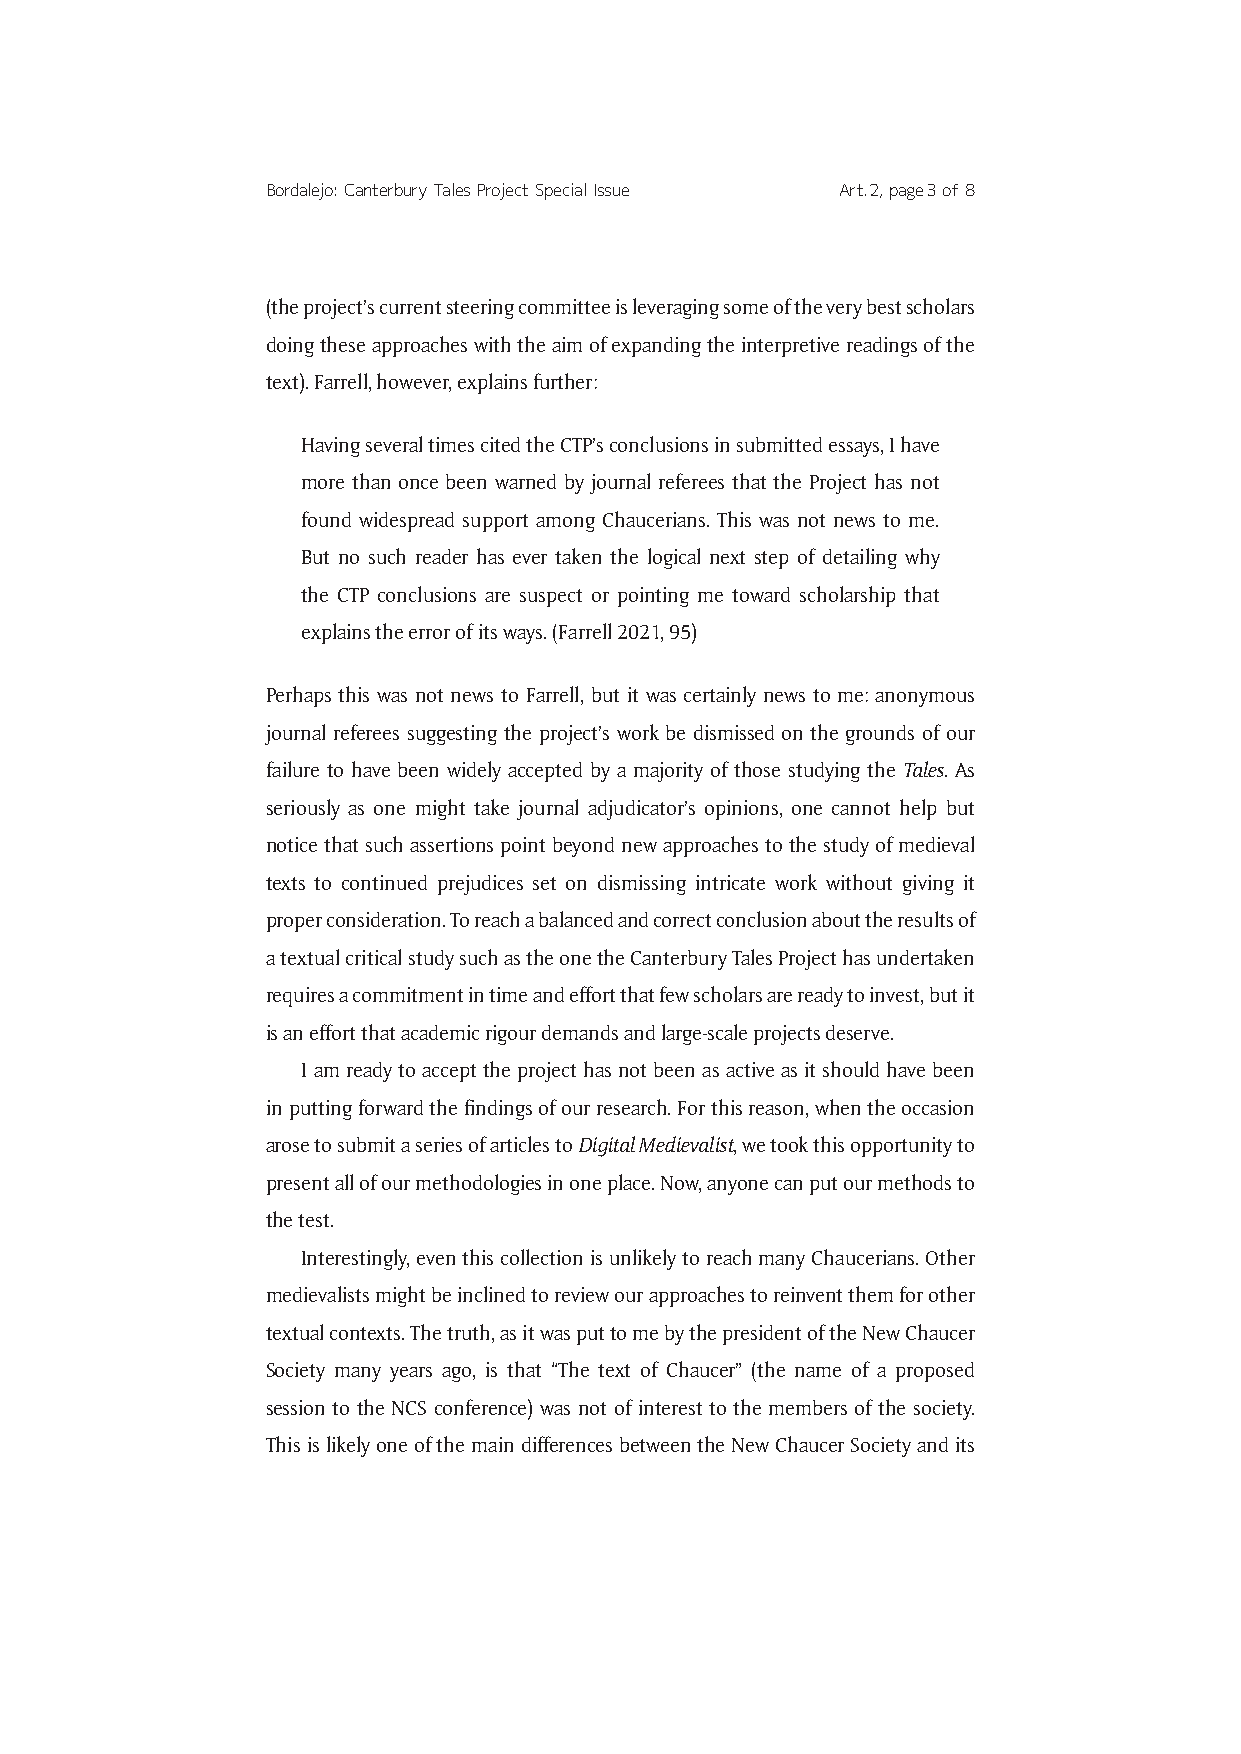
Bordalejo: Canterbury Tales Project Special Issue Art. 2, page 3 of 8
 (the project’s current steering committee is leveraging some of the very best scholars
 doing these approaches with the aim of expanding the interpretive readings of the
 text). Farrell, however, explains further:
 Having several times cited the CTP’s conclusions in submitted essays, I have
 more than once been warned by journal referees that the Project has not
 found widespread support among Chaucerians. This was not news to me.
 But no such reader has ever taken the logical next step of detailing why
 the CTP conclusions are suspect or pointing me toward scholarship that
 explains the error of its ways. (Farrell 2021, 95)
 Perhaps this was not news to Farrell, but it was certainly news to me: anonymous
 journal referees suggesting the project’s work be dismissed on the grounds of our
 failure to have been widely accepted by a majority of those studying the Tales. As
 seriously as one might take journal adjudicator’s opinions, one cannot help but
 notice that such assertions point beyond new approaches to the study of medieval
 texts to continued prejudices set on dismissing intricate work without giving it
 proper consideration. To reach a balanced and correct conclusion about the results of
 a textual critical study such as the one the Canterbury Tales Project has undertaken
 requires a commitment in time and effort that few scholars are ready to invest, but it
 is an effort that academic rigour demands and large-scale projects deserve.
 I am ready to accept the project has not been as active as it should have been
 in putting forward the findings of our research. For this reason, when the occasion
 arose to submit a series of articles to Digital Medievalist, we took this opportunity to
 present all of our methodologies in one place. Now, anyone can put our methods to
 the test.
 Interestingly, even this collection is unlikely to reach many Chaucerians. Other
 medievalists might be inclined to review our approaches to reinvent them for other
 textual contexts. The truth, as it was put to me by the president of the New Chaucer
 Society many years ago, is that “The text of Chaucer” (the name of a proposed
 session to the NCS conference) was not of interest to the members of the society.
 This is likely one of the main differences between the New Chaucer Society and its